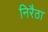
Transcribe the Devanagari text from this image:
निरैठा